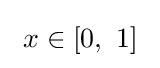
\ x\in [0,\ 1]~